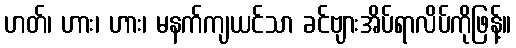
ဟတ်၊ ဟား၊ ဟား၊ မနက်ကျယင်သာ ခင်ဗျားအိပ်ရာလိပ်ကိုဖြန့်။